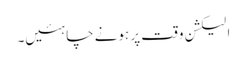
الیکشن وقت پر ہونے چاہئیں۔